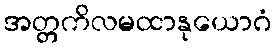
အတ္တကိလမထာနုယောဂံ